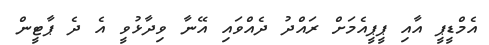
އެމްޑީޕީ އާއި ޕީޕީއެމަށް ރައްދު ދެއްވައި އޭނާ ވިދާޅުވީ އެ ދެ ޕާޓީން